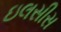
ઇલસીસ